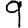
Digit: 9